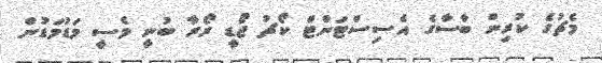
މެޗުގެ ކުރިން ބާސާގެ އެސިސްޓަންޓް ކޯޗު ޖޯޑީ ރޯރާ ބުނީ މެސީ މަޑުމަޑުން